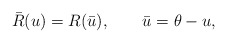
\begin{align*}\bar{R}(u)=R(\bar u), \qquad \bar{u}=\theta-u,\end{align*}